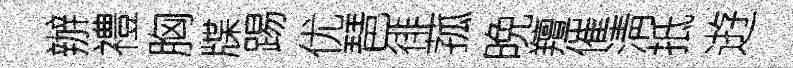
辦禮胸牒踢优琶徘菰晩羶催淸抵逰